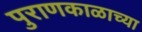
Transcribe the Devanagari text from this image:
पुराणकाळाच्या